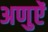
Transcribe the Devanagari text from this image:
अणुऐं